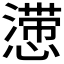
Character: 𰒒